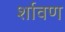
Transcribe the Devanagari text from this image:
र्शावण